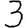
Digit: 3